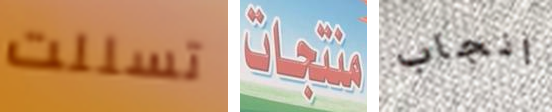
تسللت منتجات انجاب